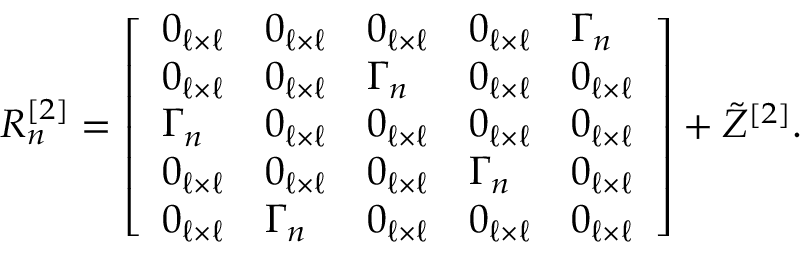
\begin{array} { r } { R _ { n } ^ { [ 2 ] } = \left[ \begin{array} { l l l l l } { 0 _ { \ell \times \ell } } & { 0 _ { \ell \times \ell } } & { 0 _ { \ell \times \ell } } & { 0 _ { \ell \times \ell } } & { \Gamma _ { n } } \\ { 0 _ { \ell \times \ell } } & { 0 _ { \ell \times \ell } } & { \Gamma _ { n } } & { 0 _ { \ell \times \ell } } & { 0 _ { \ell \times \ell } } \\ { \Gamma _ { n } } & { 0 _ { \ell \times \ell } } & { 0 _ { \ell \times \ell } } & { 0 _ { \ell \times \ell } } & { 0 _ { \ell \times \ell } } \\ { 0 _ { \ell \times \ell } } & { 0 _ { \ell \times \ell } } & { 0 _ { \ell \times \ell } } & { \Gamma _ { n } } & { 0 _ { \ell \times \ell } } \\ { 0 _ { \ell \times \ell } } & { \Gamma _ { n } } & { 0 _ { \ell \times \ell } } & { 0 _ { \ell \times \ell } } & { 0 _ { \ell \times \ell } } \end{array} \right] + \tilde { Z } ^ { [ 2 ] } . } \end{array}